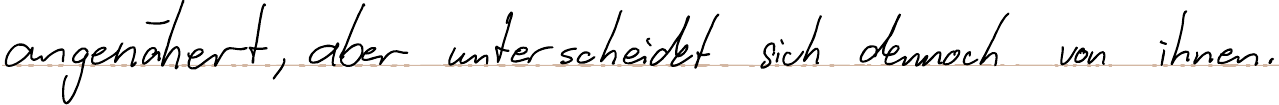
angenähert, aber unterscheidet sich dennoch von ihnen.